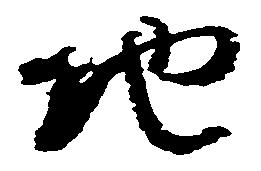
地